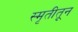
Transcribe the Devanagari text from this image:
स्मृतीतून